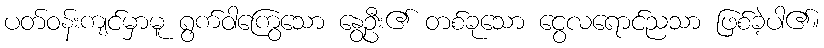
ပတ်ဝန်းကျင်မှာမူ ရွက်ဝါကြွေသော နွေဦး၏ တစ်ခုသော ငွေလရောင်ညသာ ဖြစ်ခဲ့ပါ၏။